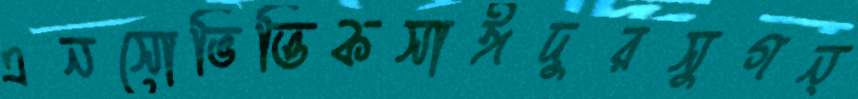
এনসোভিত্তিকসাঈদুরসুগন্